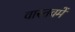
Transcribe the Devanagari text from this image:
वास्तवमें